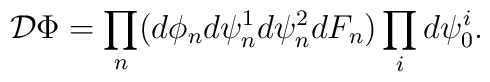
{\cal D}\Phi =         \prod_{n}(d \phi_{n} d\psi_{n}^{1} d\psi_{n}^{2} dF_{n})          \prod_{i} d\psi_{0}^{i} .